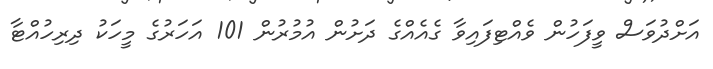
އަށްދުވަސް ވީފަހުން ވެއްޓިފައިވާ ގެއެއްގެ ދަށުން އުމުރުން 101 އަހަރުގެ މީހަކު ދިރިހުއްޓާ